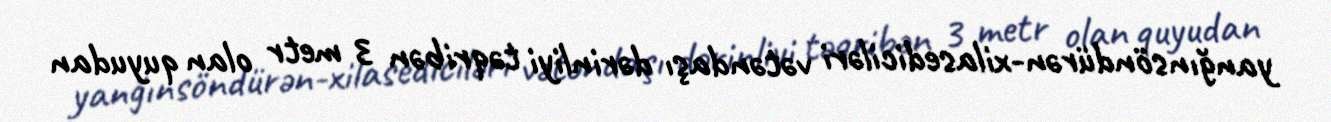
yanğınsöndürən-xilasediciləri vətəndaşı dərinliyi təqribən 3 metr olan quyudan